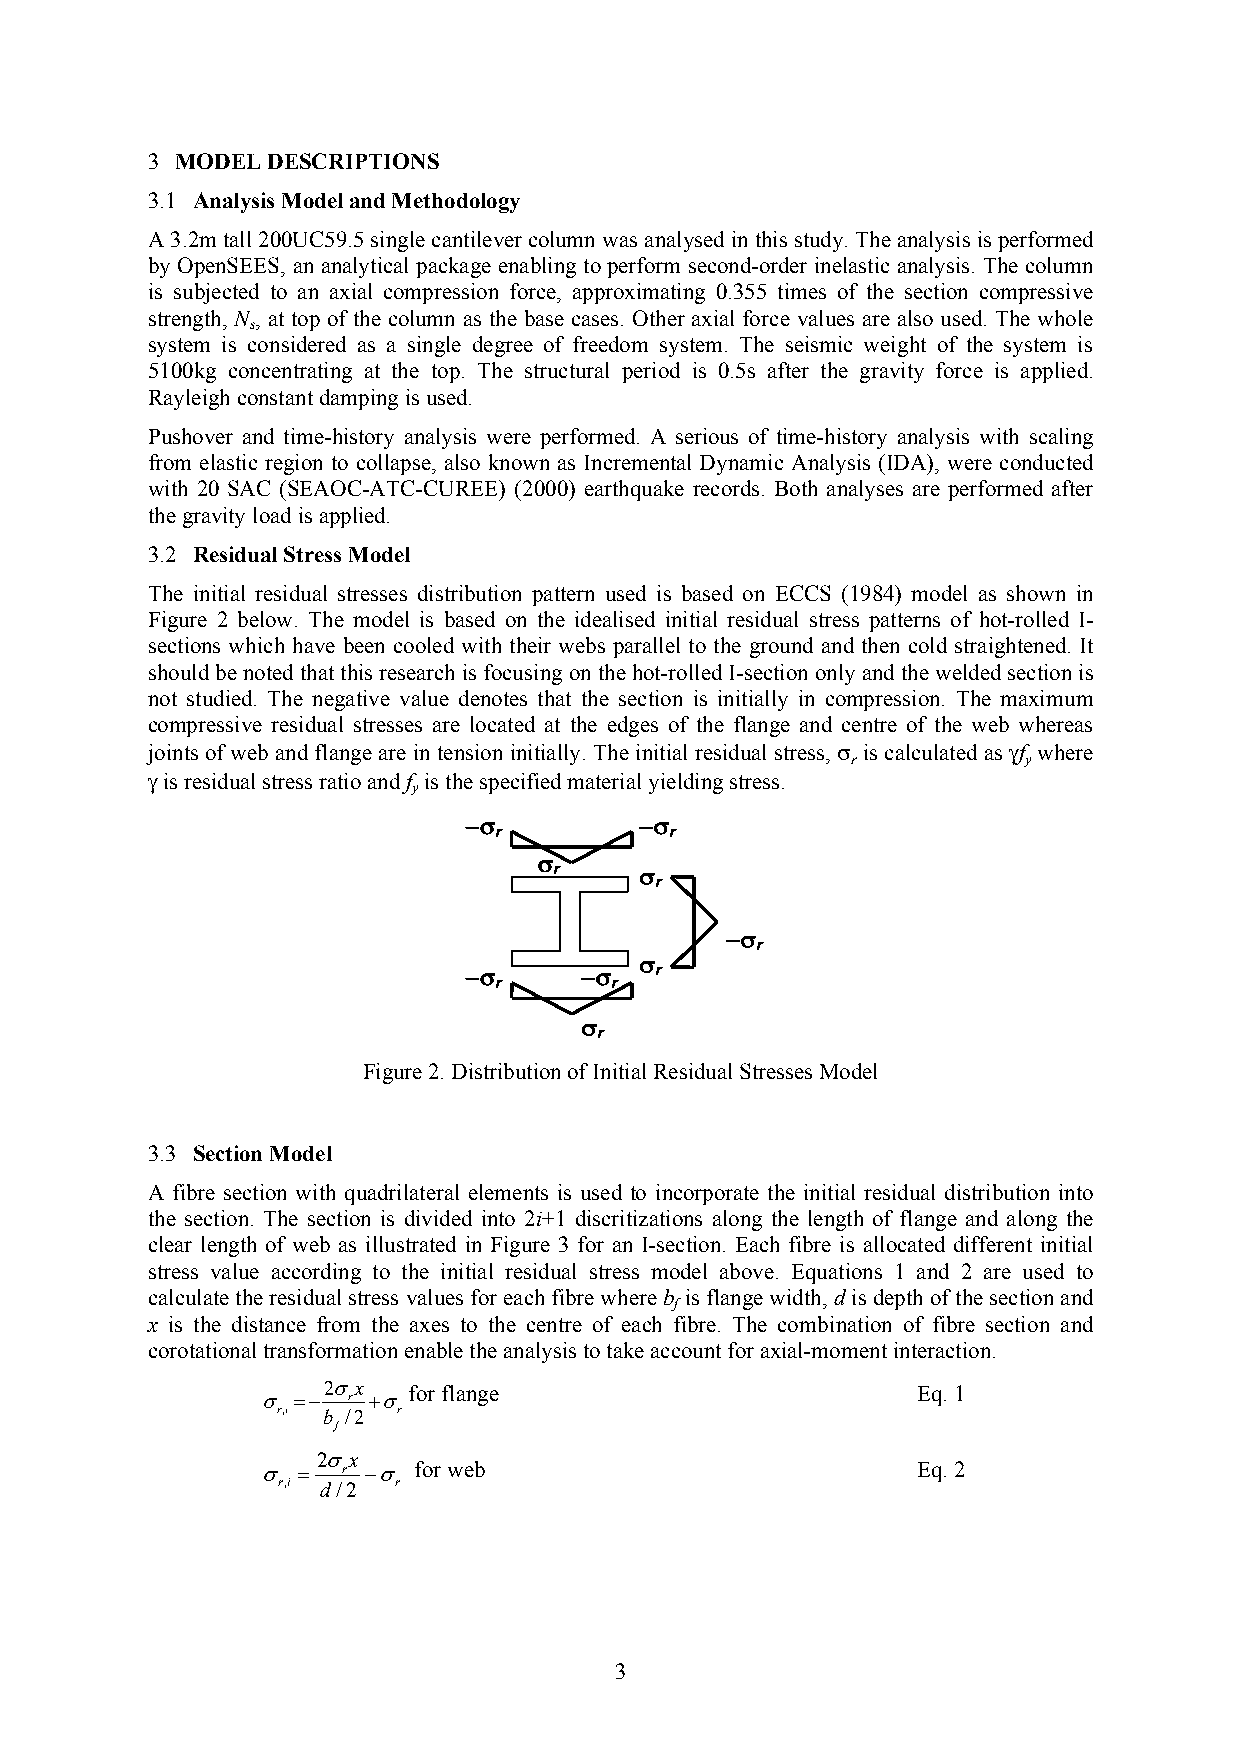
3 MODEL DESCRIPTIONS
 3.1 Analysis Model and Methodology
 A 3.2m tall 200UC59.5 single cantilever column was analysed in this study. The analysis is performed
 by OpenSEES, an analytical package enabling to perform second-order inelastic analysis. The column
 is subjected to an axial compression force, approximating 0.355 times of the section compressive
 strength, N, at top of the column as the base cases. Other axial force values are also used. The whole
 s
 system is considered as a single degree of freedom system. The seismic weight of the system is
 5100kg concentrating at the top. The structural period is 0.5s after the gravity force is applied.
 Rayleigh constant damping is used.
 Pushover and time-history analysis were performed. A serious of time-history analysis with scaling
 from elastic region to collapse, also known as Incremental Dynamic Analysis (IDA), were conducted
 with 20 SAC (SEAOC-ATC-CUREE) (2000) earthquake records. Both analyses are performed after
 the gravity load is applied.
 3.2 Residual Stress Model
 The initial residual stresses distribution pattern used is based on ECCS (1984) model as shown in
 Figure 2 below. The model is based on the idealised initial residual stress patterns of hot-rolled I-
 sections which have been cooled with their webs parallel to the ground and then cold straightened. It
 should be noted that this research is focusing on the hot-rolled I-section only and the welded section is
 not studied. The negative value denotes that the section is initially in compression. The maximum
 compressive residual stresses are located at the edges of the flange and centre of the web whereas
 joints of web and flange are in tension initially. The initial residual stress,  is calculated as f where
 r           y
  is residual stress ratio and f is the specified material yielding stress.
 y
          
 r          r
 
 r    
 r
 
 r
 
         r
 r      r
 
 r
 Figure 2. Distribution of Initial Residual Stresses Model
 3.3 Section Model
 A fibre section with quadrilateral elements is used to incorporate the initial residual distribution into
 the section. The section is divided into 2i+1 discritizations along the length of flange and along the
 clear length of web as illustrated in Figure 3 for an I-section. Each fibre is allocated different initial
 stress value according to the initial residual stress model above. Equations 1 and 2 are used to
 calculate the residual stress values for each fibre where b is flange width, d is depth of the section and
 f
 x is the distance from the axes to the centre of each fibre. The combination of fibre section and
 corotational transformation enable the analysis to take account for axial-moment interaction.
 2x   for flange                        Eq. 1
    r 
 r,i b /2 r
 f
 2x
     r  for web                          Eq. 2
 r,i d/2 r
 3